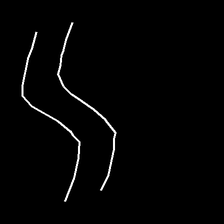
Glyph: float